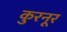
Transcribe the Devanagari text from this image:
कुरनूर